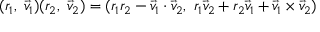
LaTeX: ( r _ { 1 } , \ { \vec { v } } _ { 1 } ) ( r _ { 2 } , \ { \vec { v } } _ { 2 } ) = ( r _ { 1 } r _ { 2 } - { \vec { v } } _ { 1 } \cdot { \vec { v } } _ { 2 } , \ r _ { 1 } { \vec { v } } _ { 2 } + r _ { 2 } { \vec { v } } _ { 1 } + { \vec { v } } _ { 1 } \times { \vec { v } } _ { 2 } )